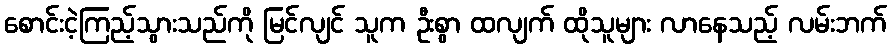
စောင်းငဲ့ကြည့်သွားသည်ကို မြင်လျင် သူက ဦးစွာ ထလျက် ထိုသူများ လာနေသည့် လမ်းဘက်